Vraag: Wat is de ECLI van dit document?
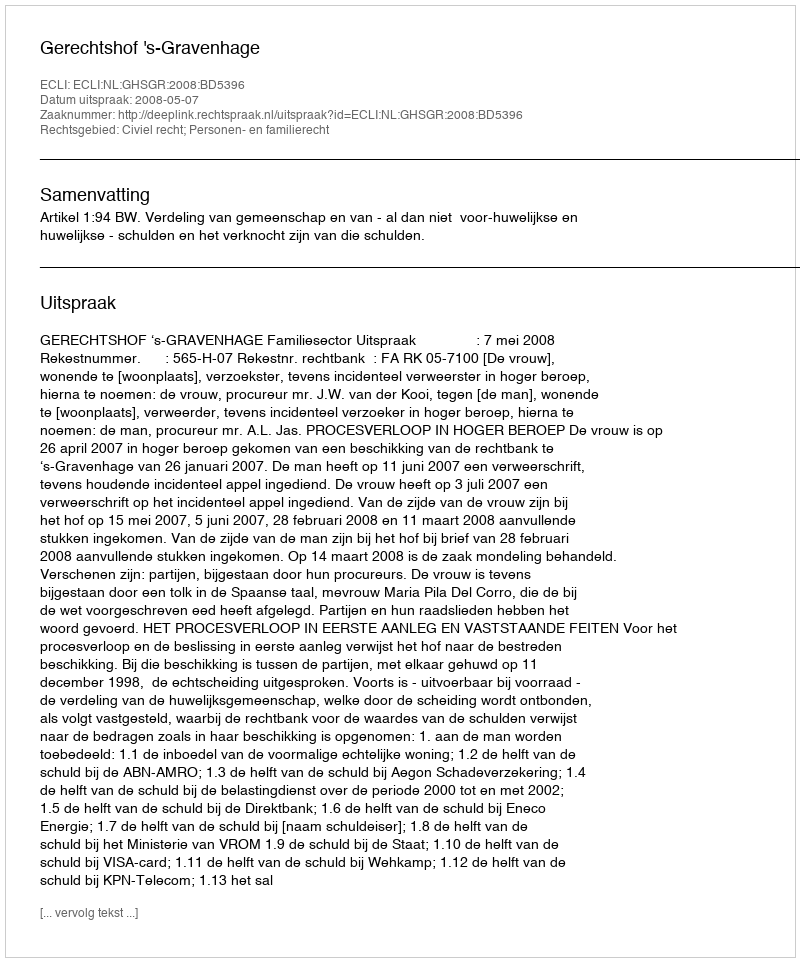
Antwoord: ECLI:NL:GHSGR:2008:BD5396